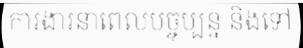
ការងារនាពេលបច្ចុប្បន្ន និងទៅ